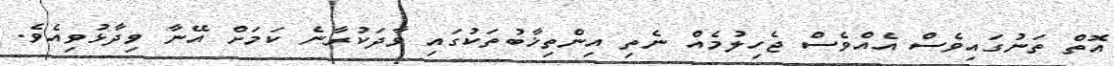
އޮތް ތަނުގައިވެސް އެއްވެސް ޖެހިލުމެއް ނެތި އިންތިޚާބުތަކުގައި ވާދަކުރާނެ ކަމަށް އޭނާ ވިދާޅުވިއެވެ.